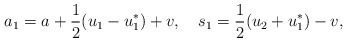
\begin{align*}a_1=a+\frac{1}{2}(u_1-u_1^*)+v,\quad s_1=\frac{1}{2}(u_2+u_1^*)-v,\end{align*}